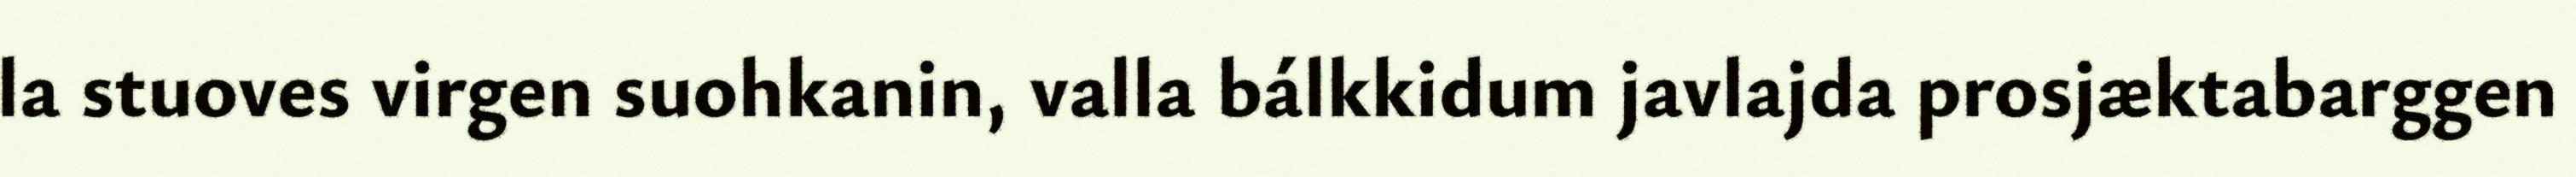
la stuoves virgen suohkanin, valla bálkkidum javlajda prosjæktabarggen